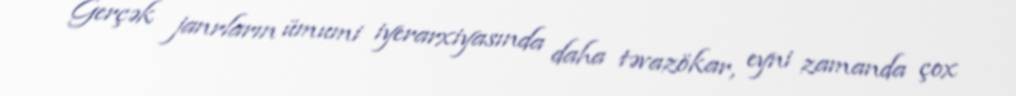
Gerçək janrların ümumi iyerarxiyasında daha təvazökar, eyni zamanda çox